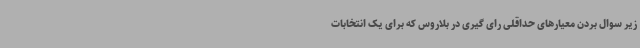
زیر سوال بردن معیارهای حداقلی رای گیری در بلاروس که برای یک انتخابات